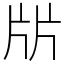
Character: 㸞